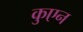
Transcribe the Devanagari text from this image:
कुएन